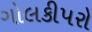
ગોલકીપરો